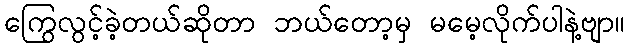
ကြွေလွင့်ခဲ့တယ်ဆိုတာ ဘယ်တော့မှ မမေ့လိုက်ပါနဲ့ဗျာ။